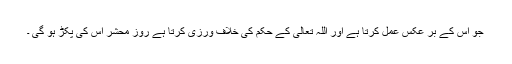
جو اس کے بر عکس عمل کرتا ہے اور اللہ تعالیٰ کے حکم کی خلاف ورزی کرتا ہے روز محشر اس کی پکڑ ہو گی ۔